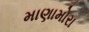
માણામોરા